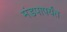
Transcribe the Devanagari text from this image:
मंडपापर्यंत